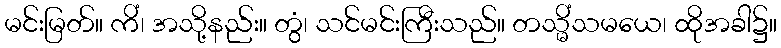
မင်းမြတ်။ ကိံ၊ အသို့နည်း။ တွံ၊ သင်မင်းကြီးသည်။ တသ္မိံသမယေ၊ ထိုအခါ၌။